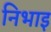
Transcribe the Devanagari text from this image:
निभाइ